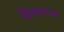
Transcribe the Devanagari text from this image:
विह्वरण